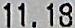
11.18